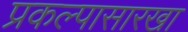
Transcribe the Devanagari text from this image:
प्रकल्पासारखा